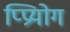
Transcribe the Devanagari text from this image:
प्प्रियोग